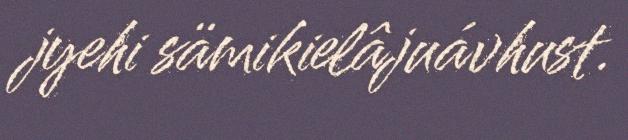
jyehi sämikielâjuávhust.